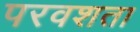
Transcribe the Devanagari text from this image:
परवशता